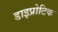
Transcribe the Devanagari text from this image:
डाइप्रोटिक